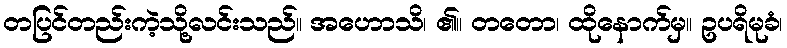
တပြင်တည်းကဲ့သို့လင်းသည်။ အဟောသိ၊ ၏။ တတော၊ ထိုနောက်မှ။ ဥပရိမုခံ၊